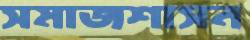
সমাজশাসন